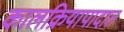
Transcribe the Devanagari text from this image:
कालक्रियापादात